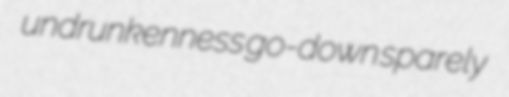
undrunkenness go-down sparely